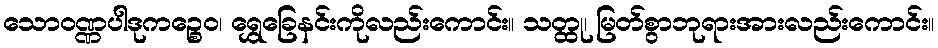
သောဝဏ္ဏပါဒုကဉ္စေဝ၊ ရွှေခြေနင်းကိုလည်းကောင်း။ သတ္ထု၊ မြတ်စွာဘုရားအားလည်းကောင်း။